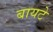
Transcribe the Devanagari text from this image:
बायटे